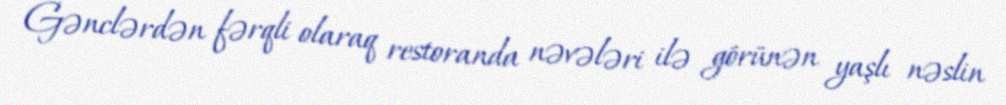
Gənclərdən fərqli olaraq restoranda nəvələri ilə görünən yaşlı nəslin